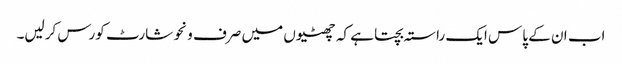
اب ان کے پاس ایک راستہ بچتا ہے کہ چھٹیوں میں صرف ونحو شارٹ کورس کرلیں۔